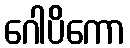
ဂေါပိကော